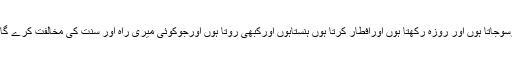
میں نماز پڑھتا ہوں اورسوجاتا ہوں اور روزہ رکھتا ہوں اورافطار کرتا ہوں ہنستاہوں اورکبھی روتا ہوں اورجوکوئی میری راہ اور سنت کی مخالفت کرے گا وہ مجھ سے نہیں ہے ۔